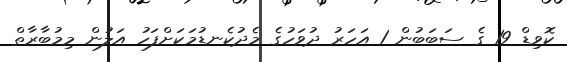
ކޮވިޑް 19 ގެ ސަބަބުން 1 އަހަރު ދުވަހުގެ މެދުކެނޑުމަކަށްފަހު އަލުން މިމުބާރާތް